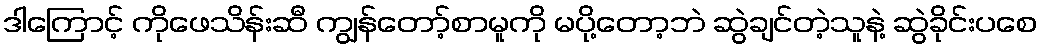
ဒါကြောင့် ကိုဖေသိန်းဆီ ကျွန်တော့်စာမူကို မပို့တော့ဘဲ ဆွဲချင်တဲ့သူနဲ့ ဆွဲခိုင်းပစေ